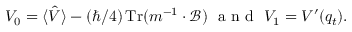
V _ { 0 } = \langle \hat { V } \rangle - ( \hbar / 4 ) \operatorname { T r } ( m ^ { - 1 } \cdot \mathcal { B } ) \mathrm { ~ \ a ~ n ~ d ~ \ } V _ { 1 } = V ^ { \prime } ( q _ { t } ) .